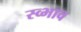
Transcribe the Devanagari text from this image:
स्व्भाव